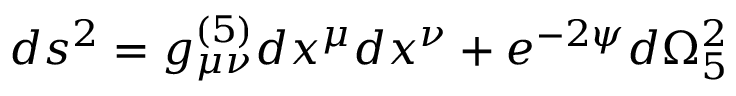
d s ^ { 2 } = g _ { \mu \nu } ^ { ( 5 ) } d x ^ { \mu } d x ^ { \nu } + e ^ { - 2 \psi } d \Omega _ { 5 } ^ { 2 }